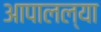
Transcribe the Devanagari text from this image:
आपालल्या